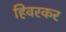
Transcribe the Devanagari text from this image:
हिवरकर